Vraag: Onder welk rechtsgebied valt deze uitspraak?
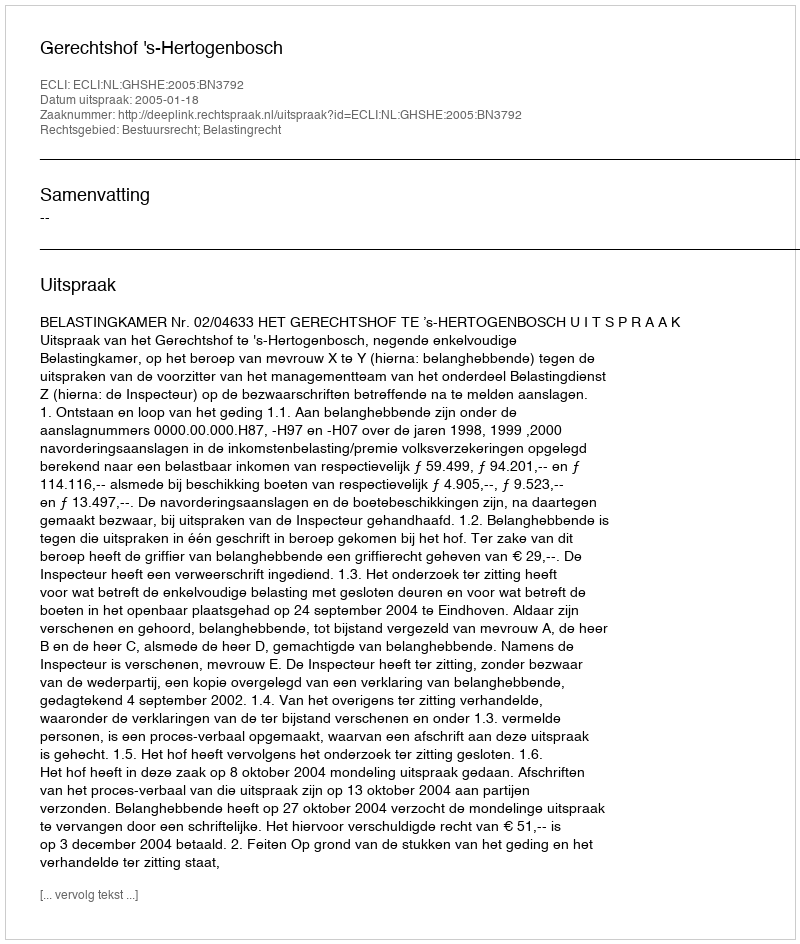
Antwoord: Bestuursrecht; Belastingrecht